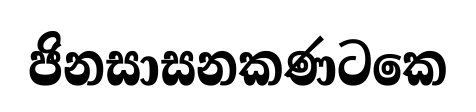
ජිනසාසනකණටකෙ